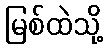
မြစ်ထဲသို့